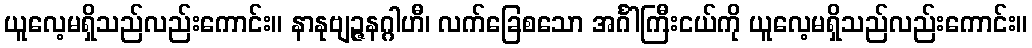
ယူလေ့မရှိသည်လည်းကောင်း။ နာနုဗျဉ္ဇနဂ္ဂါဟီ၊ လက်ခြေစသော အင်္ဂါကြီးငယ်ကို ယူလေ့မရှိသည်လည်းကောင်း။